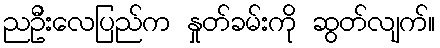
ညဦးလေပြည်က နှုတ်ခမ်းကို ဆွတ်လျက်။